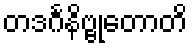
တဒင်္ဂနိဗ္ဗုတောတိ